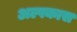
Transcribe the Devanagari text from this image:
अल्पकास